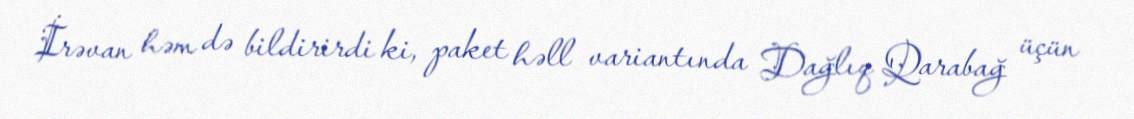
İrəvan həm də bildirirdi ki, paket həll variantında Dağlıq Qarabağ üçün